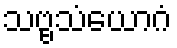
သဗ္ဗသံယောဂံ